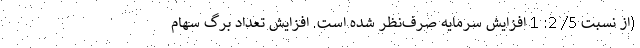
(از نسبت 5/ 2: 1 افزایش سرمایه صرف‌نظر شده است. افزایش تعداد برگ سهام